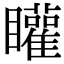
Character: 矔